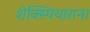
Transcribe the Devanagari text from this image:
शेक्स्पियाराना